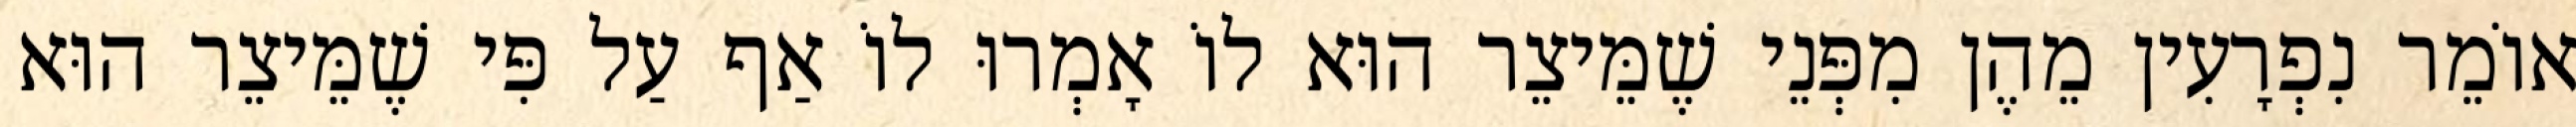
אוֹמֵר נִפְרָעִין מֵהֶן מִפְּנֵי שֶׁמֵּיצֵר הוּא לוֹ אָמְרוּ לוֹ אַף עַל פִּי שֶׁמֵּיצֵר הוּא